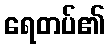
ရေတပ်၏